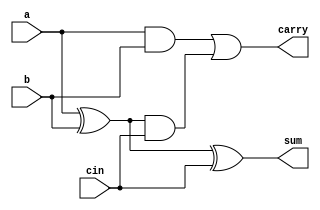
module Full_adder (
    input a,b,cin,
    output sum,carry
);

assign sum = a^b^cin;
assign carry = ((a&b)|((a^b)&cin));

endmodule //Full_adder